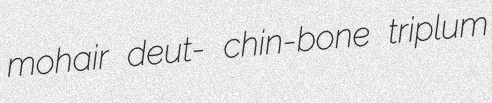
mohair deut- chin-bone triplum